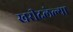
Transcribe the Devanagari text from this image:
खरीदलेल्या